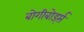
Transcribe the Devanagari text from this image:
बोगीबोर्ड्स